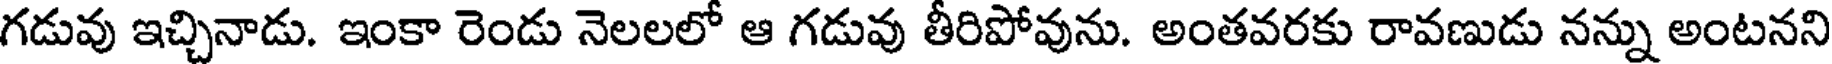
గడువు ఇచ్చినాడు. ఇంకా రెండు నెలలలో ఆ గడువు తీరిపోవును. అంతవరకు రావణుడు నన్ను అంటనని